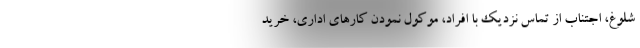
شلوغ، اجتناب از تماس نزدیک با افراد، موکول نمودن کارهای اداری، خرید